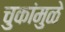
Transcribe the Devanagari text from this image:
चुकांमुळे